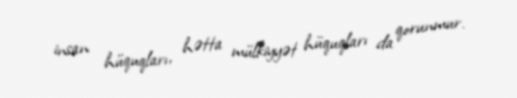
insan hüquqları, hətta mülkiyyət hüquqları da qorunmur.